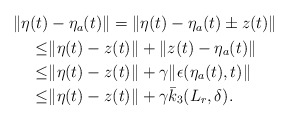
\begin{align*}\begin{aligned}\|\eta(t)&-\eta_a(t)\| = \|\eta(t)-\eta_a(t) \pm z(t)\| \\\le &\|\eta(t)-z(t)\|+\|z(t)-\eta_a(t)\|\\\le & \|\eta(t)-z(t)\| +\gamma \|\epsilon(\eta_a(t),t)\|\\\le & \|\eta(t)-z(t)\| +\gamma \bar{k}_3(L_r,\delta).\end{aligned}\end{align*}